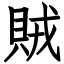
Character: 賊